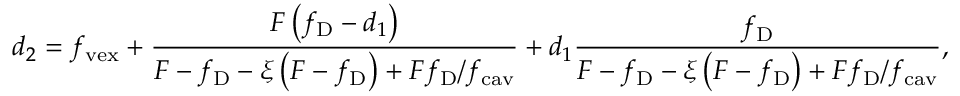
d _ { 2 } = f _ { \mathrm { v e x } } + \frac { F \left( f _ { \mathrm { D } } - d _ { 1 } \right) } { F - f _ { \mathrm { D } } - \xi \left( F - f _ { \mathrm { D } } \right) + F f _ { \mathrm { D } } / f _ { \mathrm { c a v } } } + d _ { 1 } \frac { f _ { \mathrm { D } } } { F - f _ { \mathrm { D } } - \xi \left( F - f _ { \mathrm { D } } \right) + F f _ { \mathrm { D } } / f _ { \mathrm { c a v } } } ,